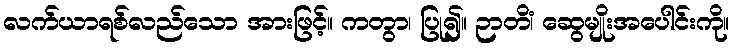
လက်ယာရစ်လည်သော အားဖြင့်။ ကတွာ၊ ပြု၍။ ဉာတိံ၊ ဆွေမျိုးအပေါင်းကို။